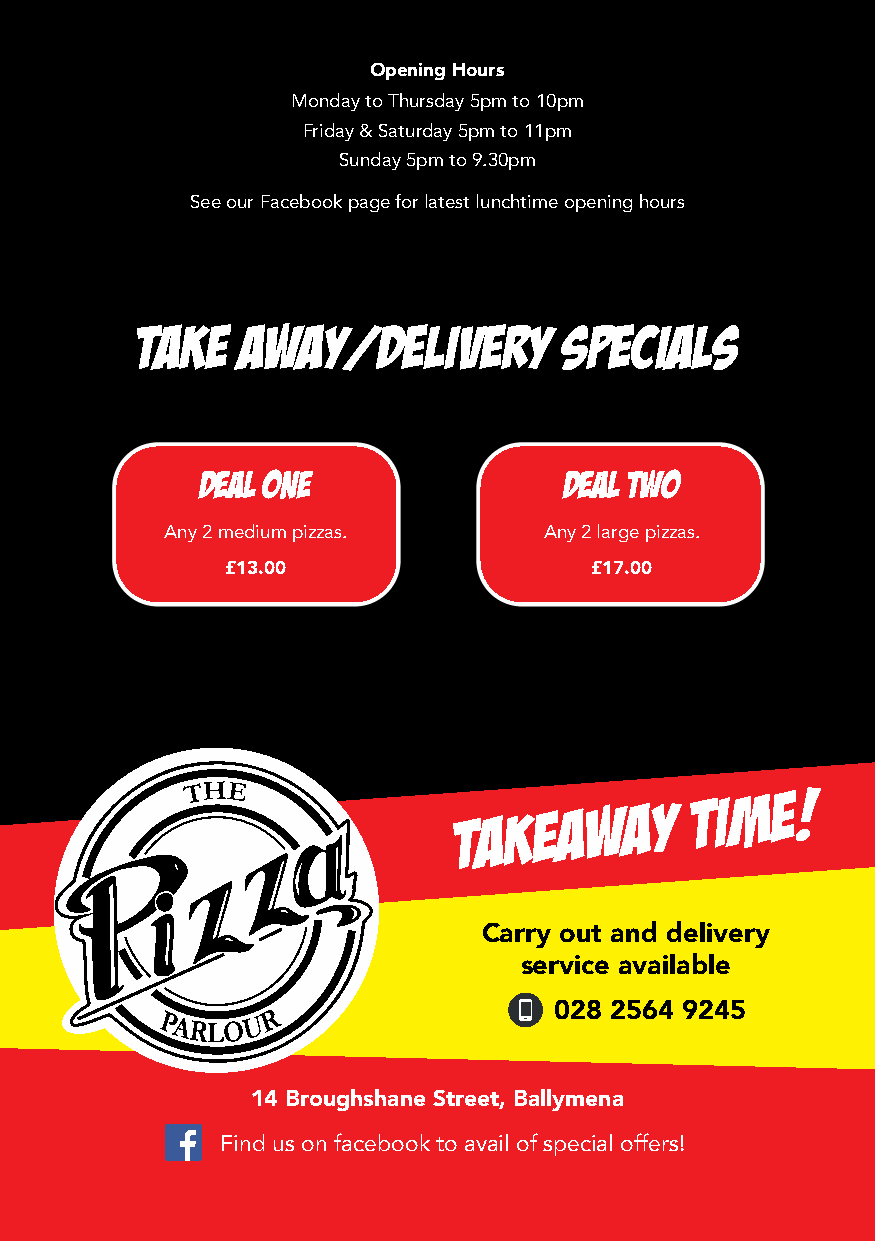
Opening Hours
 Monday to Thursday 5pm to 10pm
 Friday & Saturday 5pm to 11pm
 Sunday 5pm to 9.30pm
 See our Facebook page for latest lunchtime opening hours
 take   away/delivery        specials
 DEAL ONE                DEAL TWO
 Any 2 medium pizzas.     Any 2 large pizzas.
 £13.00                  £17.00
 TAKEAWAY
 TIME!
 Carry out and delivery
 service available
 028 2564 9245
 14 Broughshane Street, Ballymena
 Find us on facebook to avail of special offers!